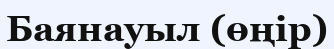
Баянауыл (өңір)